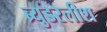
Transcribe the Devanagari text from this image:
ब्र्युडरलीश